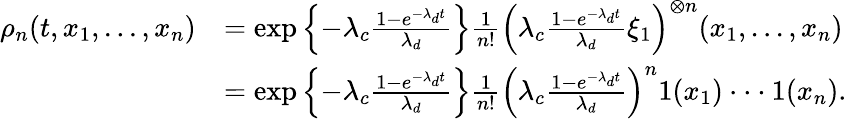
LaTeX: \begin{array}{rl}{\rho_{n}(t,x_{1},...,x_{n})}&{=\exp\left\{ -\lambda_{c}\frac{1-e^{-\lambda_{d}t}}{\lambda_{d}}\right\} \frac{1}{n!}\left(\lambda_{c}\frac{1-e^{-\lambda_{d}t}}{\lambda_{d}}\xi_{1}\right)^{\otimes n}(x_{1},...,x_{n})}\\ &{=\exp\left\{ -\lambda_{c}\frac{1-e^{-\lambda_{d}t}}{\lambda_{d}}\right\} \frac{1}{n!}\left(\lambda_{c}\frac{1-e^{-\lambda_{d}t}}{\lambda_{d}}\right)^{n}1(x_{1})\cdot\cdot\cdot 1(x_{n}).}\end{array}